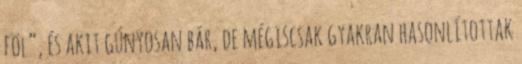
föl”, és akit gúnyosan bár, de mégiscsak gyakran hasonlítottak